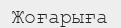
Жоғарыға